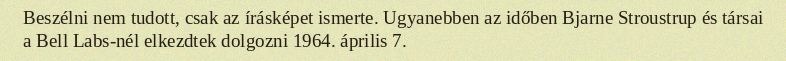
Beszélni nem tudott, csak az írásképet ismerte. Ugyanebben az időben Bjarne Stroustrup és társai a Bell Labs-nél elkezdtek dolgozni 1964. április 7.